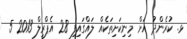
ޅ. ކުރެންދު އަށް މިނިކަށިތަކެއް ލައްގައިފި 28 އެޕްރީލް 2013 5